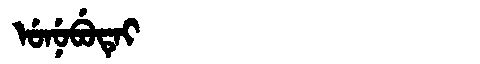
Manchu: ᡠᠨᡠᠪᡠᡨᡝᡳ
Romanization: UNUBUTEI